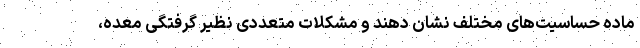
ماده حساسیت‌های مختلف نشان دهند و مشکلات متعددی نظیر گرفتگی معده،